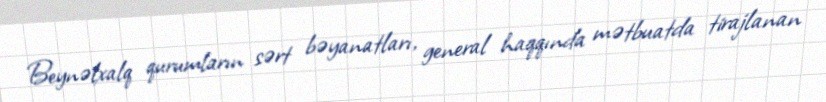
Beynəlxalq qurumların sərt bəyanatları, general haqqında mətbuatda tirajlanan